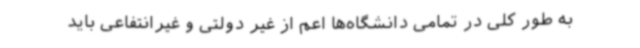
به طور کلی در تمامی دانشگاه‌ها اعم از غیر دولتی و غیرانتفاعی باید